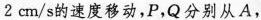
2cm/s的速度移动，P，Q分别从A，